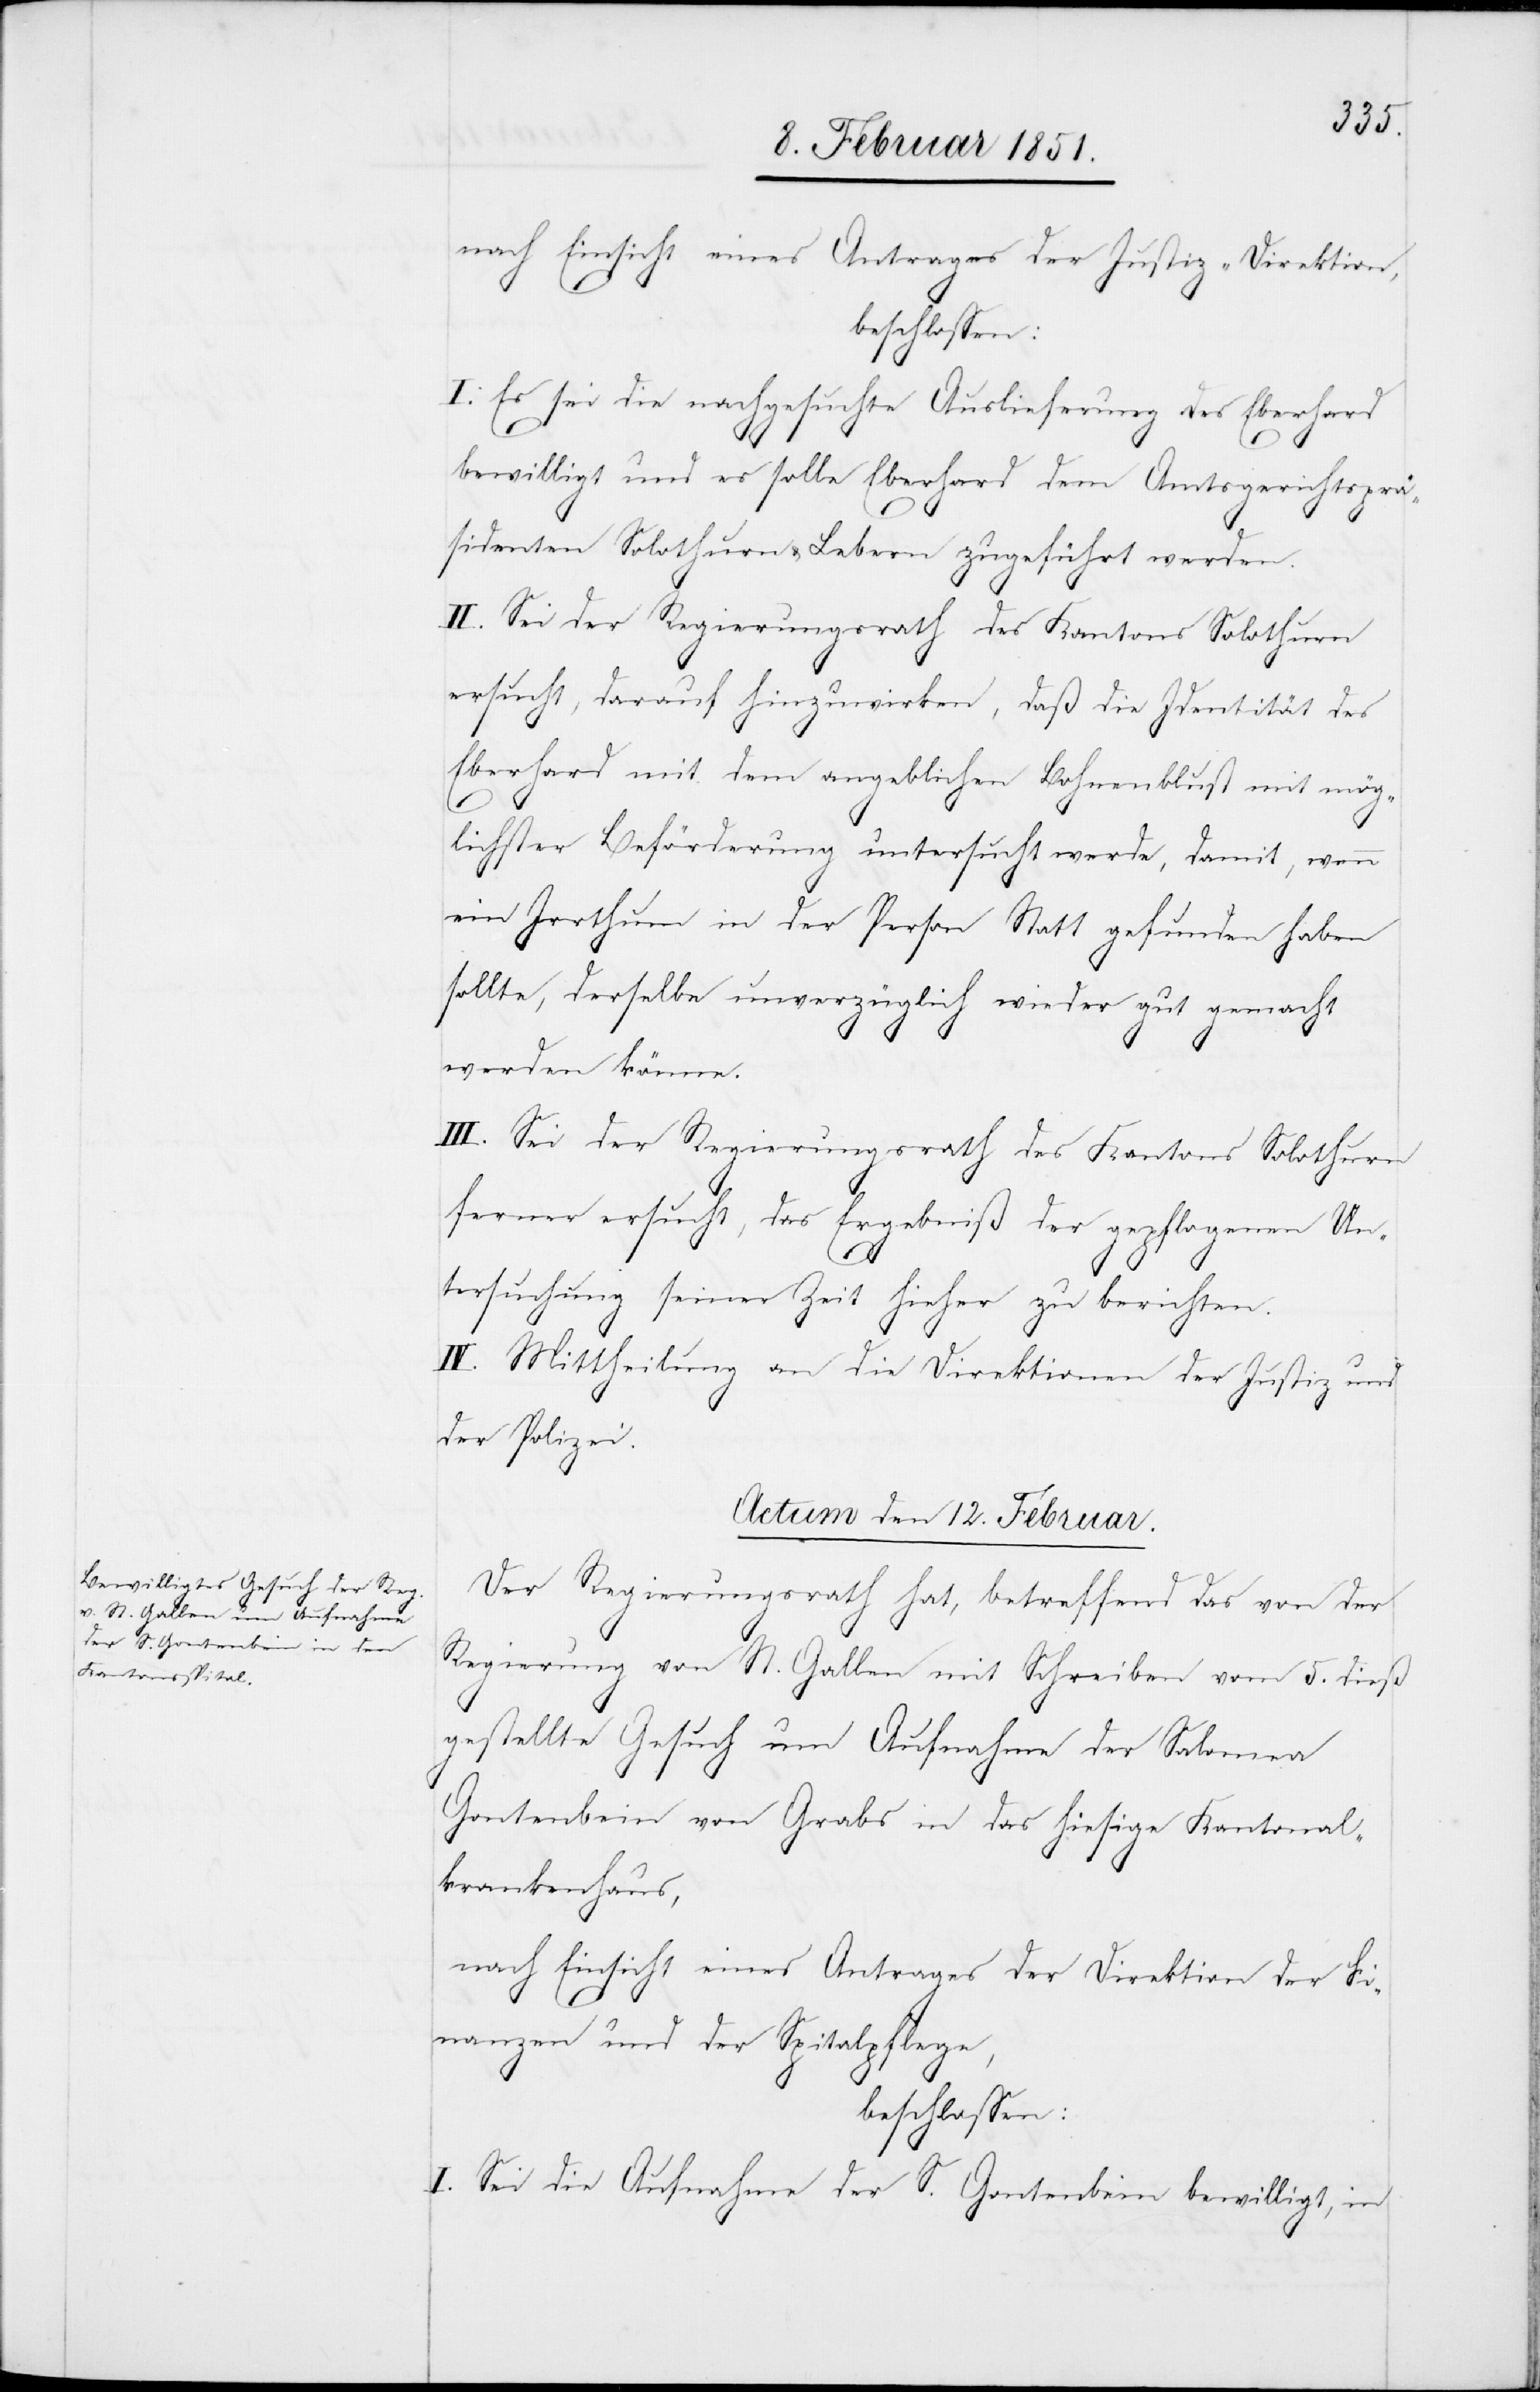
nach Einsicht eines Antrages der Justiz-Direktion,
beschlossen:
I. Es sei die nachgesuchte Auslieferung des Eberhard
bewilligt und es solle Eberhard dem Amtsgerichtsprä¬
sidenten Solothurn & Lebern zugeführt werden.
II. Sei der Regierungsrath des Kantons Solothurn
ersucht, darauf hinzuwirken, daß die Identität des
Eberhard mit dem angeblichen Bohnenblust mit mög¬
lichster Beförderung untersucht werde, damit, wenn
ein Irrthum in der Person Statt gefunden haben
sollte, derselbe unverzüglich wieder gut gemacht
werden könne.
III. Sei der Regierungsrath des Kantons Solothurn
ferner ersucht, das Ergebniß der gepflogenen Un¬
tersuchung seiner Zeit hieher zu berichten.
IV. Mittheilung an die Direktionen der Justiz und
der Polizei.
Actum den 12. Februar.
Der Regierungsrath hat, betreffend das von der
Regierung von St. Gallen mit Schreiben vom 5. dieß
gestellte Gesuch um Aufnahme der Salomea
Gantenbein] von Grabs in das hiesige Kantonal¬
krankenhaus,
nach Einsicht eines Antrages der Direktion der Fi¬
nanzen
und der Spitalpflege,
beschlossen:
I. Sei die Aufnahme der S. Gontenbein [? Gantenbein]